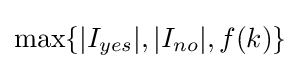
\max\{|I_{yes}|,|I_{no}|,f(k)\}